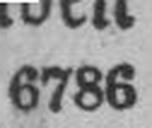
6786